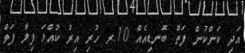
އަދި ކަންކުން ފަތް ބޮނޑިއެއް 10.ރ ހުރި އިރު ކުއްޅަ ފިލާ ފަތް